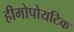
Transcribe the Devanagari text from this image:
हीमोपोयटिक